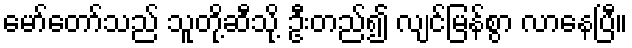
မော်တော်သည် သူတို့ဆီသို့ ဦးတည်၍ လျင်မြန်စွာ လာနေပြီ။